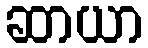
ဆာယာ